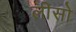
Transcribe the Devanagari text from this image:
लीसो